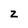
Character: Z